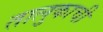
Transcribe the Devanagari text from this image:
तालुकाची